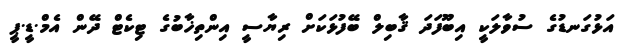
އަޅުގަނޑުގެ ސުވާލަކީ އިބޫފަދަ ޤާބިލް ބޭފުޅަކަށް ރިޔާސީ އިންތިޚާބުގެ ޓިކެޓް ދޭން އެމް.ޑީ.ޕީ